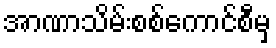
အာဏာသိမ်းစစ်ကောင်စီမှ